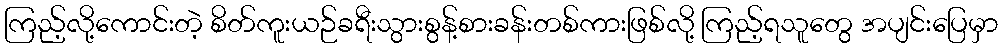
ကြည့်လို့ကောင်းတဲ့ စိတ်ကူးယဉ်ခရီးသွားစွန့်စားခန်းတစ်ကားဖြစ်လို့ ကြည့်ရသူတွေ အပျင်းပြေမှာ